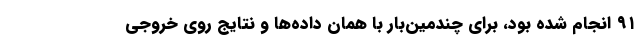
۹۱ انجام شده بود، برای چندمین‌بار با همان داده‌ها و نتایج روی خروجی